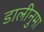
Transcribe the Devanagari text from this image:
डालीनुमा